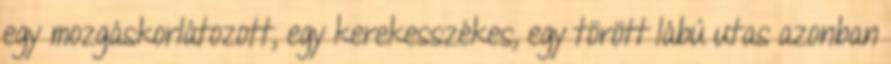
egy mozgáskorlátozott, egy kerekesszékes, egy törött lábú utas azonban